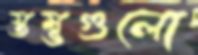
স্তম্ভগুলো